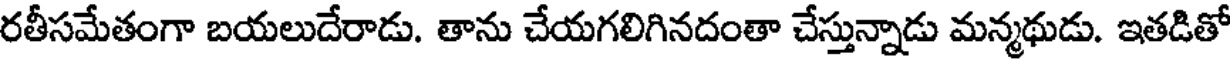
రతీసమేతంగా బయలుదేరాడు. తాను చేయగలిగినదంతా చేస్తున్నాడు మన్మథుడు. ఇతడితో